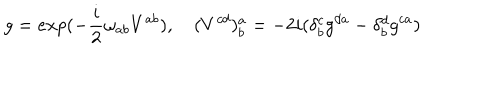
g = e x p ( - \frac { i } { 2 } \omega _ { a b } V ^ { a b } ) , \quad ( V ^ { c d } ) _ { b } ^ { a } = - 2 i ( \delta _ { b } ^ { c } g ^ { d a } - \delta _ { b } ^ { d } g ^ { c a } )